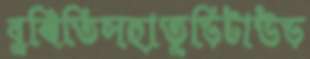
বুঝিতিসহাতুড়িটাউড়